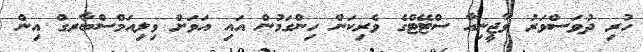
ހުރި ދުވަސްވަރު ވާޖީނިއާ ސްޓޭޓްގެ ވެރިކަން ހިންގަމުން އައި އަވަށް ވިލިއަމްސްބާރގް އިން